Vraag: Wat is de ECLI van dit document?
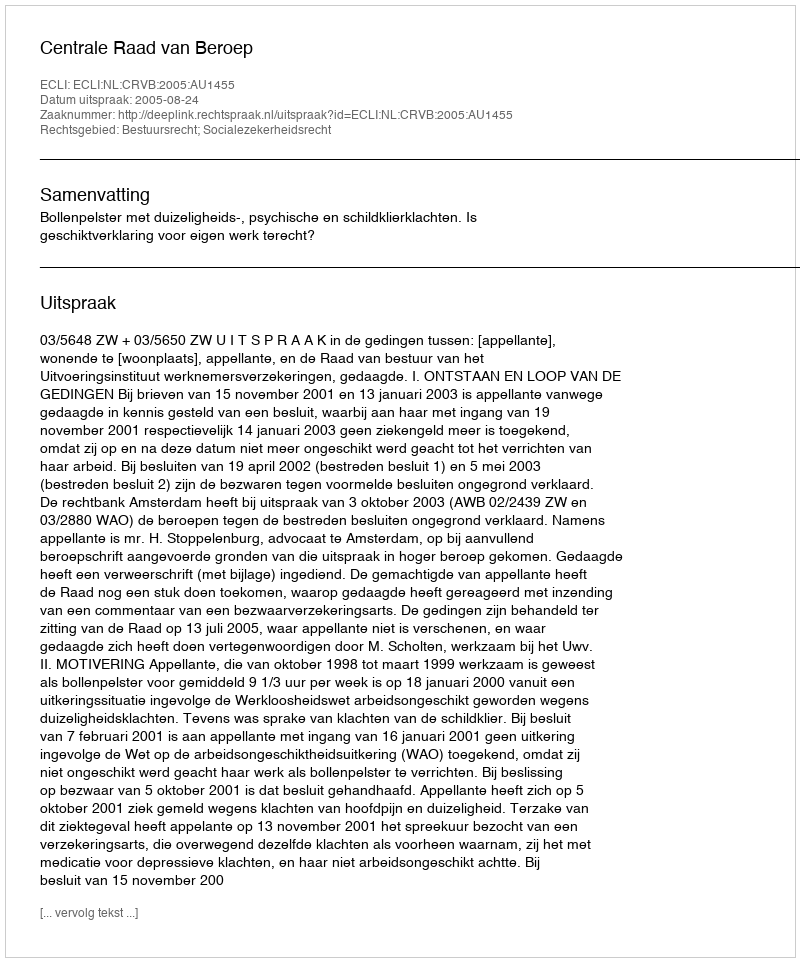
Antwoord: ECLI:NL:CRVB:2005:AU1455